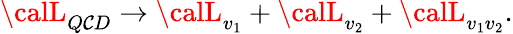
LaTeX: {\calL}_{Q\mathcal{C}D}\rightarrow{\calL}_{v_{1}}+{\calL}_{v_{2}}+{\calL}_{v_{1}v_{2}}.